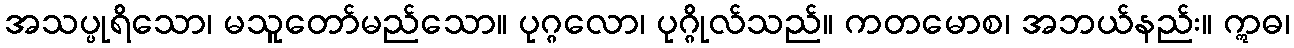
အသပ္ပုရိသော၊ မသူတော်မည်သော။ ပုဂ္ဂလော၊ ပုဂ္ဂိုလ်သည်။ ကတမောစ၊ အဘယ်နည်း။ ဣဓ၊